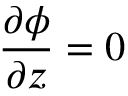
{ \frac { \partial \phi } { \partial z } } = 0